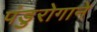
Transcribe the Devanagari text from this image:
पंडुरोगाने